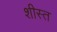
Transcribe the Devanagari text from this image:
शीस्त